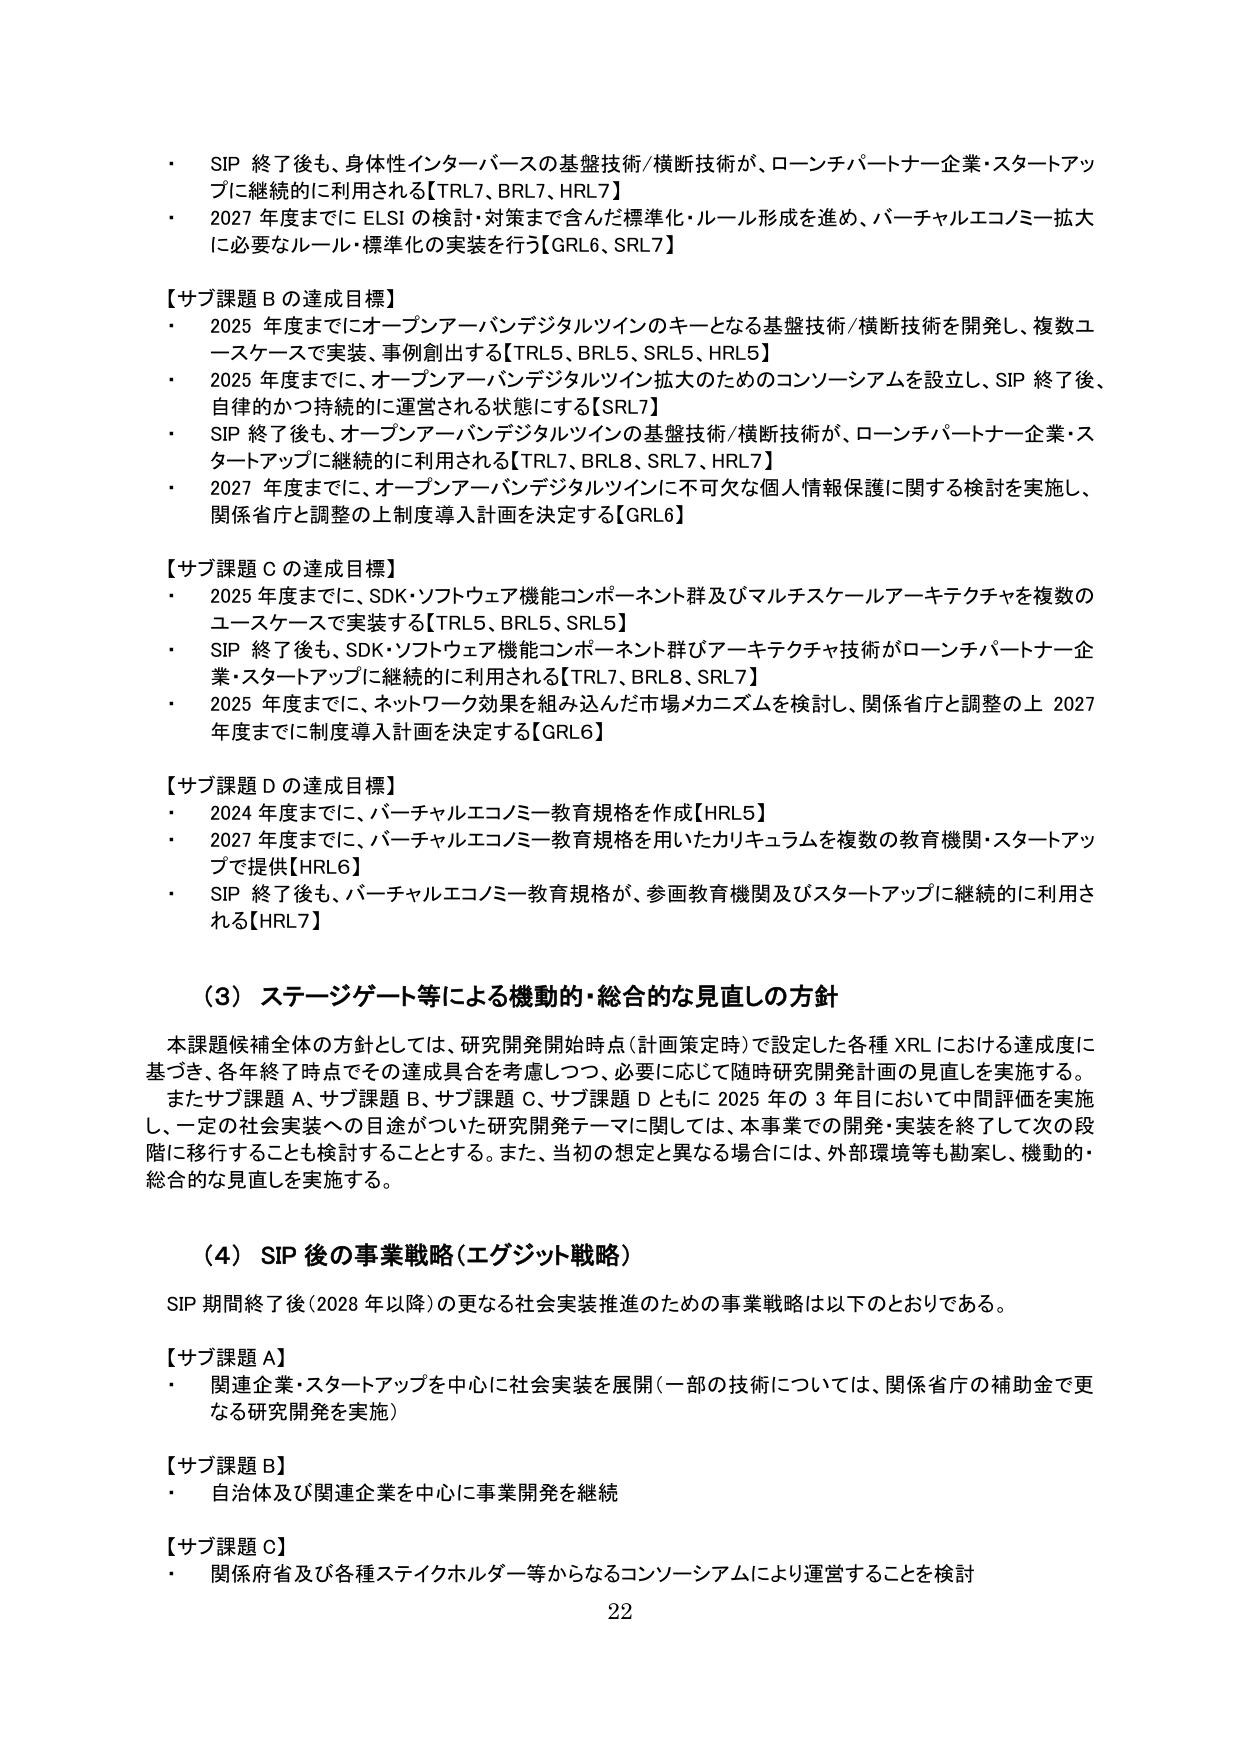
・ SIP 終了後も、身体性インターバースの基盤技術/横断技術が、ローンチパートナー企業・スタートアップに継続的に利用される【TRL7、BRL7、HRL7】
・ 2027 年度までに ELSI の検討・対策まで含んだ標準化・ルール形成を進め、バーチャルエコノミー拡大に必要なルール・標準化の実装を行う【GRL6、SRL7】

【サブ課題 B の達成目標】
・ 2025 年度までにオープンアーバンデジタルツインのキーとなる基盤技術/横断技術を開発し、複数ユースケースで実装、事例創出する【TRL5、BRL5、SRL5、HRL5】
・ 2025 年度までに、オープンアーバンデジタルツイン拡大のためのコンソーシアムを設立し、SIP 終了後、自律的かつ持続的に運営される状態にする【SRL7】
・ SIP 終了後も、オープンアーバンデジタルツインの基盤技術/横断技術が、ローンチパートナー企業・スタートアップに継続的に利用される【TRL7、BRL8、SRL7、HRL7】
・ 2027 年度までに、オープンアーバンデジタルツインに不可欠な個人情報保護に関する検討を実施し、関係省庁と調整の上制度導入計画を決定する【GRL6】

【サブ課題 C の達成目標】
・ 2025 年度までに、SDK・ソフトウェア機能コンポーネント群及びマルチスケールアーキテクチャを複数のユースケースで実装する【TRL5、BRL5、SRL5】
・ SIP 終了後も、SDK・ソフトウェア機能コンポーネント群及びアーキテクチャ技術がローンチパートナー企業・スタートアップに継続的に利用される【TRL7、BRL8、SRL7】
・ 2025 年度までに、ネットワーク効果を組み込んだ市場メカニズムを検討し、関係省庁と調整の上 2027 年度までに制度導入計画を決定する【GRL6】

【サブ課題 D の達成目標】
・ 2024 年度までに、バーチャルエコノミー教育規格を作成【HRL5】
・ 2027 年度までに、バーチャルエコノミー教育規格を用いたカリキュラムを複数の教育機関・スタートアップで提供【HRL6】
・ SIP 終了後も、バーチャルエコノミー教育規格が、参画教育機関及びスタートアップに継続的に利用される【HRL7】

（3）ステージゲート等による機動的・総合的な見直しの方針
本課題候補全体の方針としては、研究開発開始時点（計画策定時）で設定した各種 XRL における達成度に基づき、各年終了時点でその達成具合を考慮しつつ、必要に応じて随時研究開発計画の見直しを実施する。またサブ課題 A、サブ課題 B、サブ課題 C、サブ課題 D ともに 2025 年の 3 年目において中間評価を実施し、一定の社会実装への目途がついた研究開発テーマに関しては、本事業での開発・実装を終了して次の段階に移行することも検討することとする。また、当初の想定と異なる場合には、外部環境等も勘案し、機動的・総合的な見直しを実施する。

（4）SIP 後の事業戦略（エグジット戦略）
SIP 期間終了後（2028 年以降）の更なる社会実装推進のための事業戦略は以下のとおりである。

【サブ課題 A】
・ 関連企業・スタートアップを中心に社会実装を展開（一部の技術については、関係省庁の補助金で更なる研究開発を実施）

【サブ課題 B】
・ 自治体及び関連企業を中心に事業開発を継続

【サブ課題 C】
・ 関係府省及び各種ステイクホルダー等からなるコンソーシアムにより運営することを検討

22